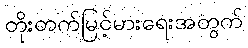
တိုးတက်မြင့်မားရေးအတွက်